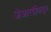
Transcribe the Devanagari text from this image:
जेआरडींकडून